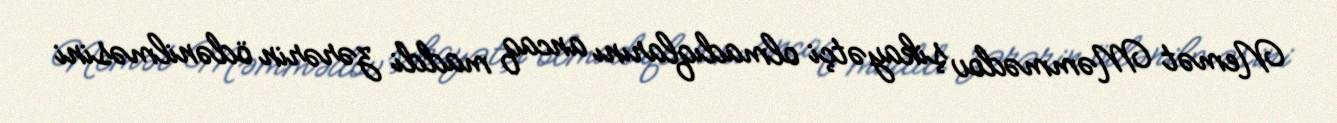
Nemət Məmmədov şikayətçi olmadıqlarını ancaq maddi zərərin ödənilməsini